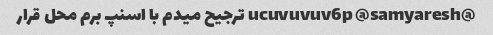
@ucuvuvuv6p @samyaresh ترجیح میدم با اسنپ برم محل قرار